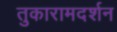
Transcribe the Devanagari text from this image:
तुकारामदर्शन